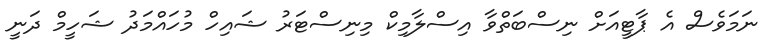
ނަމަވެސް އެ ޕާޓީއަށް ނިސްބަތްވާ އިސްލާމިކް މިނިސްޓަރު ޝައިހް މުހައްމަދު ޝަހީމް ދަނީ